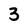
Character: 3